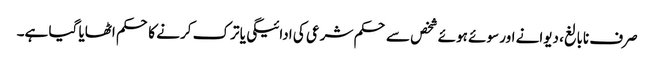
صرف نابالغ، دیوانے اور سوئے ہوئے شخص سے حکم شرعی کی ادائیگی یا ترک کرنے کا حکم اٹھایا گیا ہے۔